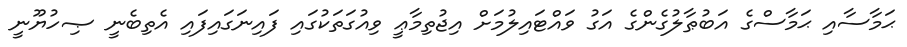
ޙަމާސާއި ޙަމާސްގެ އަބުޠާލުގެންގެ އަގު ވައްޓައިލުމަށް އިޖުތިމާޢީ ވިއުގަތަކުގައި ފައިނަގައިފައި އެތިބެނީ ޞިހުޔޫނީ